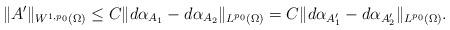
LaTeX: \begin{align*}\|A'\|_{W^{1,p_{0}}(\Omega)}\leq C \|d\alpha_{A_{1}}-d\alpha_{A_{2}}\|_{L^{p_{0}}(\Omega)}=C \|d\alpha_{A'_{1}}-d\alpha_{A'_{2}}\|_{L^{p_{0}}(\Omega)}.\end{align*}